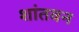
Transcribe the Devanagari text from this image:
शांतवन